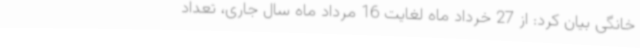
خانگی بیان کرد: از 27 خرداد ماه لغایت 16 مرداد ماه سال جاری، تعداد